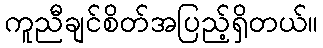
ကူညီချင်စိတ်အပြည့်ရှိတယ်။